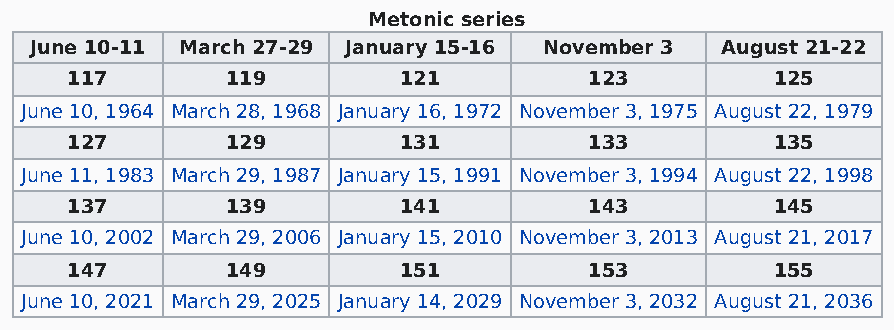
Metonic series
 June 10-11 March 27-29 January 15-16 November 3 August 21-22
 117        119        121          123         125
 June 10, 1964 March 28, 1968 January 16, 1972 November 3, 1975 August 22, 1979
 127        129        131          133         135
 June 11, 1983 March 29, 1987 January 15, 1991 November 3, 1994 August 22, 1998
 137        139        141          143         145
 June 10, 2002 March 29, 2006 January 15, 2010 November 3, 2013 August 21, 2017
 147        149        151          153         155
 June 10, 2021 March 29, 2025 January 14, 2029 November 3, 2032 August 21, 2036